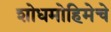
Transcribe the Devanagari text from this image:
शोधमोहिमेचे